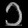
Digit: ၁